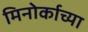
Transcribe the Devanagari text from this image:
मिनोर्काच्या